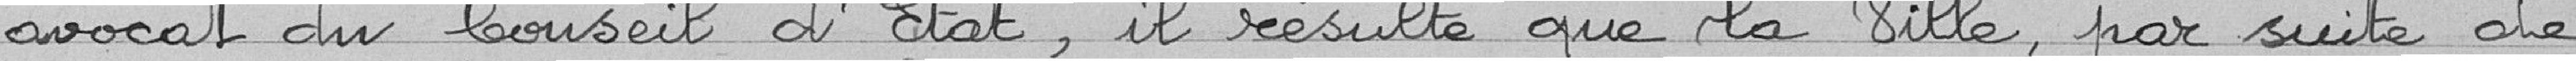
avocat du Conseil d'Etat, il résulte que la ville, par suite de